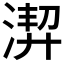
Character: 𱧍